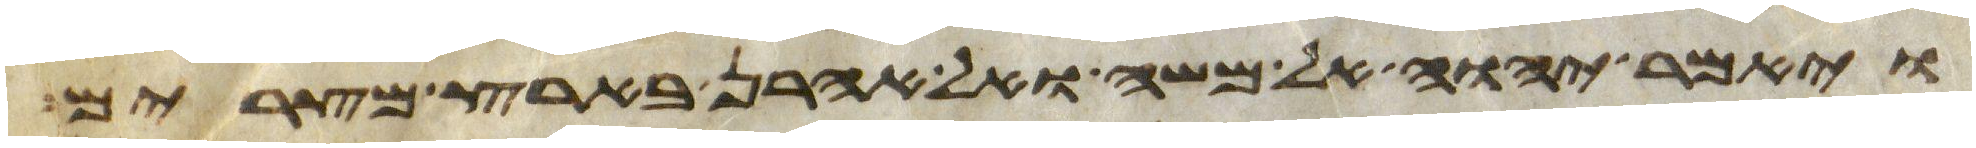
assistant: ויאמר יהוה אל משה ואל אהרן בארץ מצרים